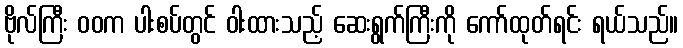
ဗိုလ်ကြီး ဝဝက ပါးစပ်တွင် ဝါးထားသည့် ဆေးရွက်ကြီးကို ကော်ထုတ်ရင်း ရယ်သည်။